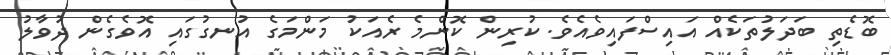
ބޮޑެތި ބަދަލުތަކެއް އައިސްފައިވެއެވެ. ކުރިން ކޮންމެ ރެއަކު މަންމަގެ އުނގުގައި އޮވެގެން ދުވާލު